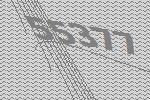
55377